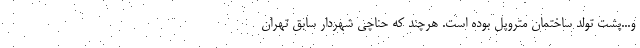
و...پشت تولد ساختمان متروپل بوده است. هرچند که حناچی شهردار سابق تهران